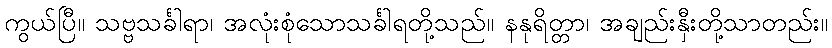
ကွယ်ပြီ။ သဗ္ဗသင်္ခါရာ၊ အလုံးစုံသောသင်္ခါရတို့သည်။ နနုရိတ္တာ၊ အချည်းနှီးတို့သာတည်း။